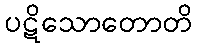
ပဋိသောတောတိ